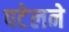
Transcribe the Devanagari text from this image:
पटेलने